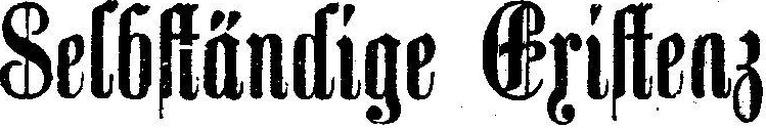
Selbständige Existenz